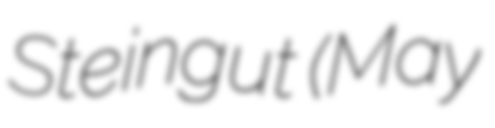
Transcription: Steingut (May